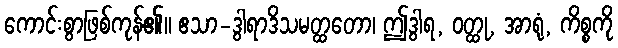
ကောင်းစွာဖြစ်ကုန်၏။ ဧသာ-ဒွါရာဒိသမတ္ထတော၊ ဤဒွါရ, ဝတ္ထု, အာရုံ, ကိစ္စကို